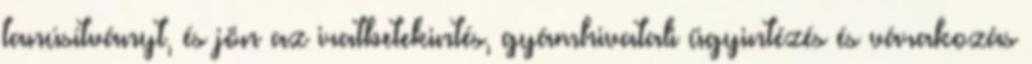
tanúsítványt, és jön az iratbetekintés, gyámhivatali ügyintézés és várakozás